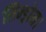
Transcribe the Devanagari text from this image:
सिन्ड्रोम।